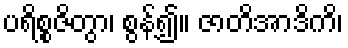
ပရိစ္စဇိတွာ၊ စွန့်၍။ ဇာတိအာဒိကိ၊